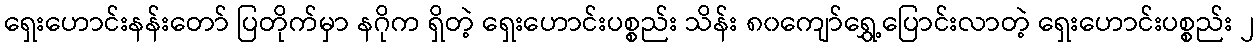
ရှေးဟောင်းနန်းတော် ပြတိုက်မှာ နဂိုက ရှိတဲ့ ရှေးဟောင်းပစ္စည်း သိန်း ၈၀ကျော်ရွှေ့ပြောင်းလာတဲ့ ရှေးဟောင်းပစ္စည်း ၂